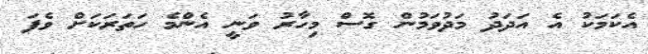
އެކަމަކު އެ އަދަދު މަދުވަމުން ގޮސް މިހާރު ވަނީ އެންމެ ހަތަރަކަށް ވެފަ